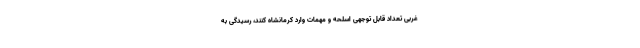
غربی تعداد قابل توجهی اسلحه و مهمات وارد کرمانشاه کنند، رسیدگی به